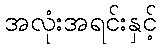
အလုံးအရင်းနှင့်